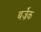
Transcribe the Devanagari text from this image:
बर्ज्रेक